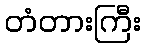
တံတားကြီး